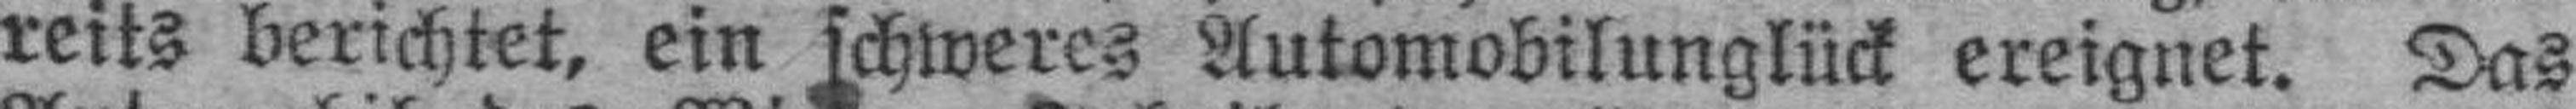
reits berichtet, ein schweres Automobilunglück ereignet. Das